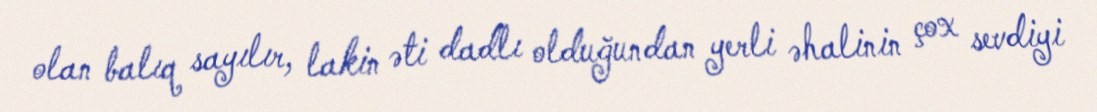
olan balıq sayılır, lakin əti dadlı olduğundan yerli əhalinin çox sevdiyi